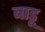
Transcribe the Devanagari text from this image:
बाडू